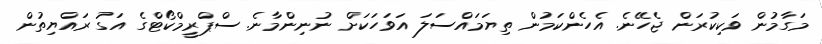
މަގާމުން ވަކިކުރަން ޖެހޭނެ. އެހެންކަމުން ތިޔަމައްސަލަ އަވަހަކަށް ނުނިންމާނެ. ސްޕްރީމްކޯޓްގެ އަގު ރައްޔިތުން